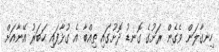
ހިނގާލަން ވެގެން ރަށުގެ ގޮނޑު ދޮށުގައި ތިއްބާ އެ ގުޅާފައި ޙަބަރު އޭނާއަށް